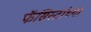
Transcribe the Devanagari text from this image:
फॅसिस्टांच्या